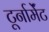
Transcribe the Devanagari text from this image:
टूर्नार्मेंट